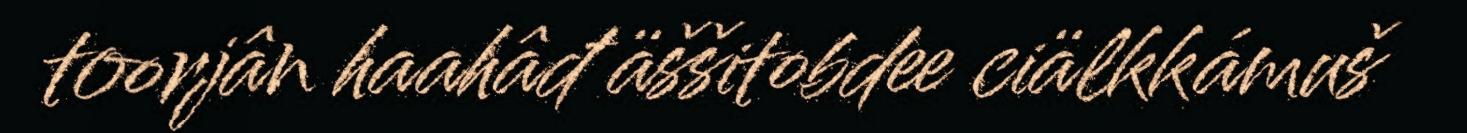
toorjân haahâđ äššitobdee ciälkkámuš